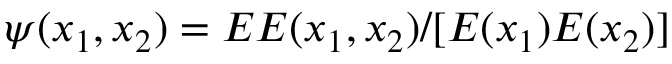
\psi ( x _ { 1 } , x _ { 2 } ) = E E ( x _ { 1 } , x _ { 2 } ) / [ E ( x _ { 1 } ) E ( x _ { 2 } ) ]